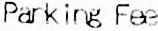
PARKING FEE